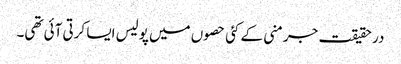
در حقیقت جرمنی کے کئی حصوں میں پولیس ایسا کرتی آئی تھی۔